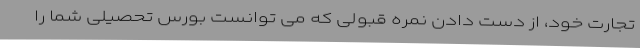
تجارت خود، از دست دادن نمره قبولی که می توانست بورس تحصیلی شما را